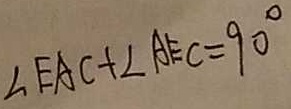
\angle E A C + \angle A E C = 9 0 ^ { \circ }